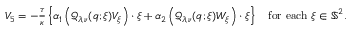
\begin{array} { r } { V _ { 5 } = - \frac { \tau } { \kappa } \left\lbrace \alpha _ { 1 } \left( \mathcal { Q } _ { \lambda , \nu } ( q ; \xi ) V _ { \xi } \right) \cdot \xi + \alpha _ { 2 } \left( \mathcal { Q } _ { \lambda , \nu } ( q ; \xi ) W _ { \xi } \right) \cdot \xi \right\rbrace \quad \mathrm { f o r ~ e a c h } ~ \xi \in \mathbb { S } ^ { 2 } . } \end{array}